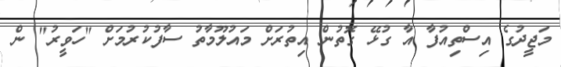
މަޖީދުގެ އިސްތިއުފާ އާ ގުޅޭ ގޮތުން އިތުރަށް މައުލޫމާތު ސާފުކުރުމަށް "ހަވީރު" ން